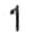
1